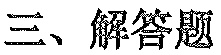
三、解答题